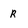
Character: R